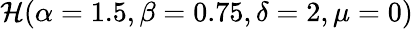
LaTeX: {\cal H}(\alpha=1.5,\beta=0.75,\delta=2,\mu=0)